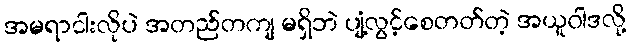
အမရာငါးလိုပဲ အတည်တကျ မရှိဘဲ ပျံ့လွင့်စေတတ်တဲ့ အယူဝါဒလို့